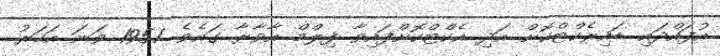
އުފައްދައި ޑައިރެކްޓްކޮށް އަދި އެކްޓްކޮށްފައިވާ ފިލްމް އާވާރާ ގައެވެ. 1951 ވަނަ އަހަރު